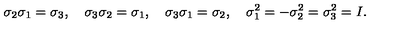
\sigma _ { 2 } \sigma _ { 1 } = \sigma _ { 3 } , \quad \sigma _ { 3 } \sigma _ { 2 } = \sigma _ { 1 } , \quad \sigma _ { 3 } \sigma _ { 1 } = \sigma _ { 2 } , \quad \sigma _ { 1 } ^ { 2 } = - \sigma _ { 2 } ^ { 2 } = \sigma _ { 3 } ^ { 2 } = I .